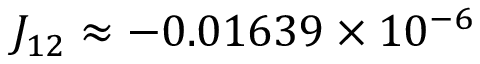
J _ { 1 2 } \approx - 0 . 0 1 6 3 9 \times 1 0 ^ { - 6 }